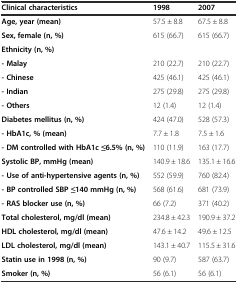
| Clinical characteristics | 1998 | 2007 |
 | --- | --- | --- |
 | Age, year (mean) | 57.5 ± 8.8 | 67.5 ± 8.8 |
 | Sex, female (n, %) | 615 (66.7) | 615 (66.7) |
 | Ethnicity (n, %) |  |  |
 | - Malay | 210 (22.7) | 210 (22.7) |
 | - Chinese | 425 (46.1) | 425 (46.1) |
 | - Indian | 275 (29.8) | 275 (29.8) |
 | - Others | 12 (1.4) | 12 (1.4) |
 | Diabetes mellitus (n, %) | 424 (47.0) | 528 (57.3) |
 | - HbA1c, % (mean) | 7.7 ± 1.8 | 7.5 ± 1.6 |
 | - DM controlled with HbA1c ≤6.5% (n, %) | 110 (11.9) | 163 (17.7) |
 | Systolic BP, mmHg (mean) | 140.9 ± 18.6 | 135.1 ± 16.6 |
 | - Use of anti-hypertensive agents (n, %) | 552 (59.9) | 760 (82.4) |
 | - BP controlled SBP ≤140 mmHg (n, %) | 568 (61.6) | 681 (73.9) |
 | - RAS blocker use (n, %) | 66 (7.2) | 371 (40.2) |
 | Total cholesterol, mg/dl (mean) | 234.8 ± 42.3 | 190.9 ± 37.2 |
 | HDL cholesterol, mg/dl (mean) | 47.6 ± 14.2 | 49.6 ± 12.5 |
 | LDL cholesterol, mg/dl (mean) | 143.1 ± 40.7 | 115.5 ± 31.6 |
 | Statin use in 1998 (n, %) | 90 (9.7) | 587 (63.7) |
 | Smoker (n, %) | 56 (6.1) | 56 (6.1) |